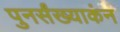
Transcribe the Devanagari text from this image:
पुनर्संख्याकंन